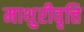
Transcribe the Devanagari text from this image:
माथुरीवृत्ति